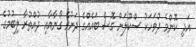
އަދި ކޮންމެ ދުވަހަކު ސްކޫލަށް ގޮސް ބައެއްގެ ދަށުވެ ގޯނާއާއި ދުއްތުރާ ލިބުމުގެ